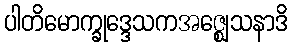
ပါတိမောက္ခုဒ္ဒေသကအဇ္ဈေသနာဒိ